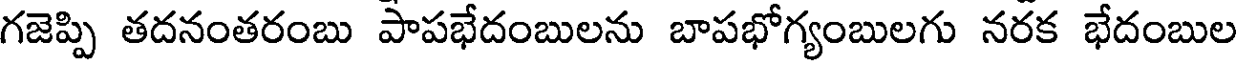
గజెప్పి తదనంతరంబు పాపభేదంబులను బాపభోగ్యంబులగు నరక భేదంబుల